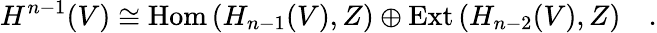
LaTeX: H^{n-1}(V)\cong\mathrm{Hom}\, (H_{n-1}(V),Z)\oplus\mathrm{Ext}\, (H_{n-2}(V),Z)\quad.